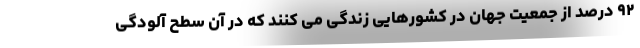
۹۲ درصد از جمعیت جهان در کشورهایی زندگی می کنند که در آن سطح آلودگی